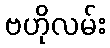
ဗဟိုလမ်း